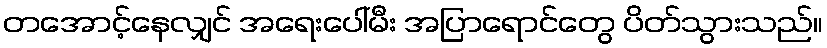
တအောင့်နေလျှင် အရေးပေါ်မီး အပြာရောင်တွေ ပိတ်သွားသည်။